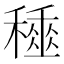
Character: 𥢰